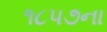
૧૮પ૭ના